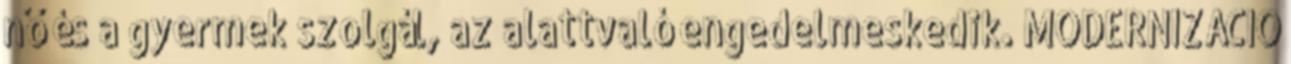
nő és a gyermek szolgál, az alattvaló engedelmeskedik. MODERNIZÁCIÓ